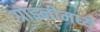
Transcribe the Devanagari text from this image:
ग्रोझ्नीमध्ये